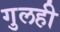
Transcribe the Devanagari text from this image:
गुलही